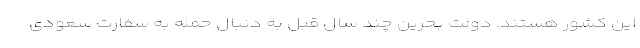
این کشور هستند. دولت بحرین چند سال قبل به دنبال حمله به سفارت سعودی